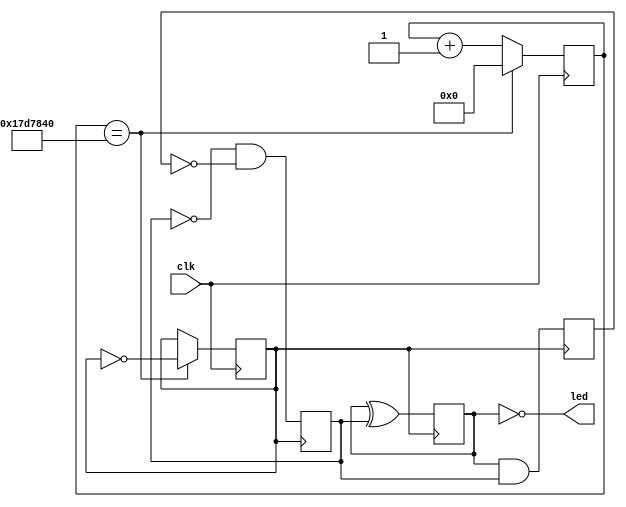
`timescale 1ns / 1ps
//////////////////////////////////////////////////////////////////////////////////
// Company: 
// Engineer: 
// 
// Design Name: 
// Module Name: sequencer1
// Project Name: 
// Target Devices: 
// Tool Versions: 
// Description: 
// 
// Dependencies: 
// 
// Revision:
// Revision 0.01 - File Created
// Additional Comments:
// 
//////////////////////////////////////////////////////////////////////////////////

module sequencer1(input clk, output led);
reg [31:0] divclk_cnt = 0;
reg divclk=0;
reg q0=0;
reg q1=0;
reg q2=0;
always@(posedge clk) begin
    if(divclk_cnt==25000000) begin
        divclk = ~divclk;
        divclk_cnt = 0;
    end
    else begin
        divclk_cnt = divclk_cnt+1'b1;
    end
end
assign led = ~q1;
always@(posedge divclk) begin
    q2 <= q1&q0;
    q1 <= q1^q0;
    q0 <= ~q0 & ~q2;
end
endmodule